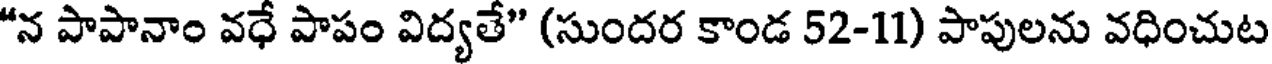
"న పాపానాం వధే పాపం విద్యతే" (సుందర కాండ 52-11) పాపులను వధించుట